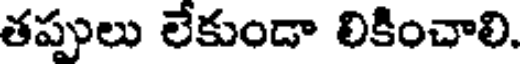
తప్పులు లేకుండా లికించాలి.